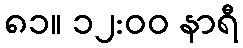
၈၁။ ၁၂:၀၀ နာရီ